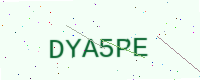
Text: DYA5PE